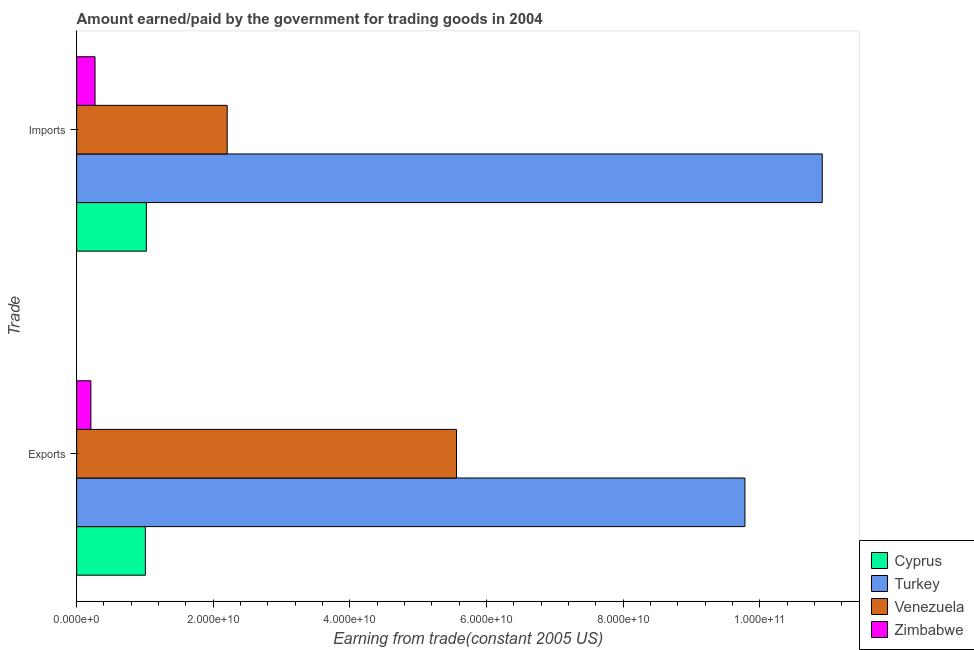
| Trade | Cyprus | Turkey | Venezuela | Zimbabwe |
 | --- | --- | --- | --- | --- |
 | Exports | 1.01e+10 | 9.78e+10 | 5.56e+10 | 2.08e+09 |
 | Imports | 1.02e+10 | 1.09e+11 | 2.2e+10 | 2.69e+09 |